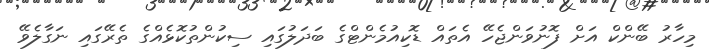
މިހާރު ބޭންކް އަށް ފޮނުވަންޖެހޭ އެތައް ޑޮކިއުމެންޓްގެ ބަދަލުގައި ސިކުންތުކޮޅެއްގެ ތެރޭގައި ނަގާލެވޭ